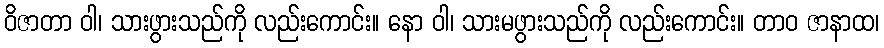
ဝိဇာတာ ဝါ၊ သားဖွားသည်ကို လည်းကောင်း။ နော ဝါ၊ သားမဖွားသည်ကို လည်းကောင်း။ တာဝ ဇာနာထ၊